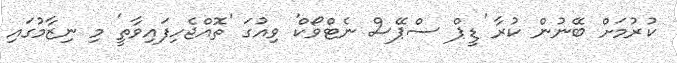
ކުރުމަށް ބޭނުން ކުރާ 'ޑީޕް ސްޕޭސް ނެޓްވޯކް' ވިއުގަ 'ތޮއްޖެހިފައިވާތީ' މި ނިޒާމުގައި